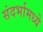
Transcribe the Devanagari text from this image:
संदर्भामध्ये